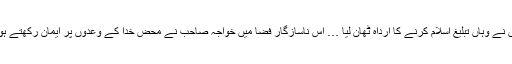
اپنی وکالت کا فرض ادا کرکے انہوں نے وہاں تبلیغ اسلام کرنے کا ارداہ ٹھان لیا … اس ناسازگار فضا میں خواجہ صاحب نے محض خدا کے وعدوں پر ایمان رکھتے ہوئے تبلیغ اسلام کا کام شروع کر دیا۔